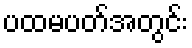
ပထမပတ်အတွင်း